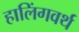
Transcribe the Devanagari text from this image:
हालिंगवर्थ